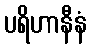
ပရိဟာနီနံ